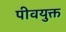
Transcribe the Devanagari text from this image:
पीवयुक्त